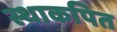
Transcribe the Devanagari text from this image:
स्थाकपित